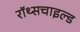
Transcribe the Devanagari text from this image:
रॉथ्सचाइल्ड